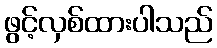
ဖွင့်လှစ်ထားပါသည်